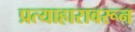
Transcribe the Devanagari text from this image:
प्रत्याहारावरून